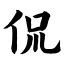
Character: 侃